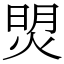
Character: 焽